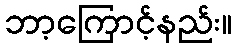
ဘာ့ကြောင့်နည်း။